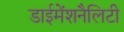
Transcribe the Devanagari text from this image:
डाईमेंशनैलिटी